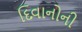
દિવાનોની